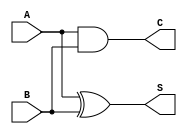
module HalfAdder (
    input A,
    input B,
    output S,
    output C
);
    assign S = A ^ B; // Sum output
    assign C = A & B; // Carry output
endmodule